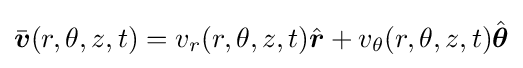
{\bar {\boldsymbol {v}}}(r,\theta ,z,t)=v_{r}(r,\theta ,z,t){\hat {\boldsymbol {r}}}+v_{\theta }(r,\theta ,z,t){\hat {\boldsymbol {\theta }}}